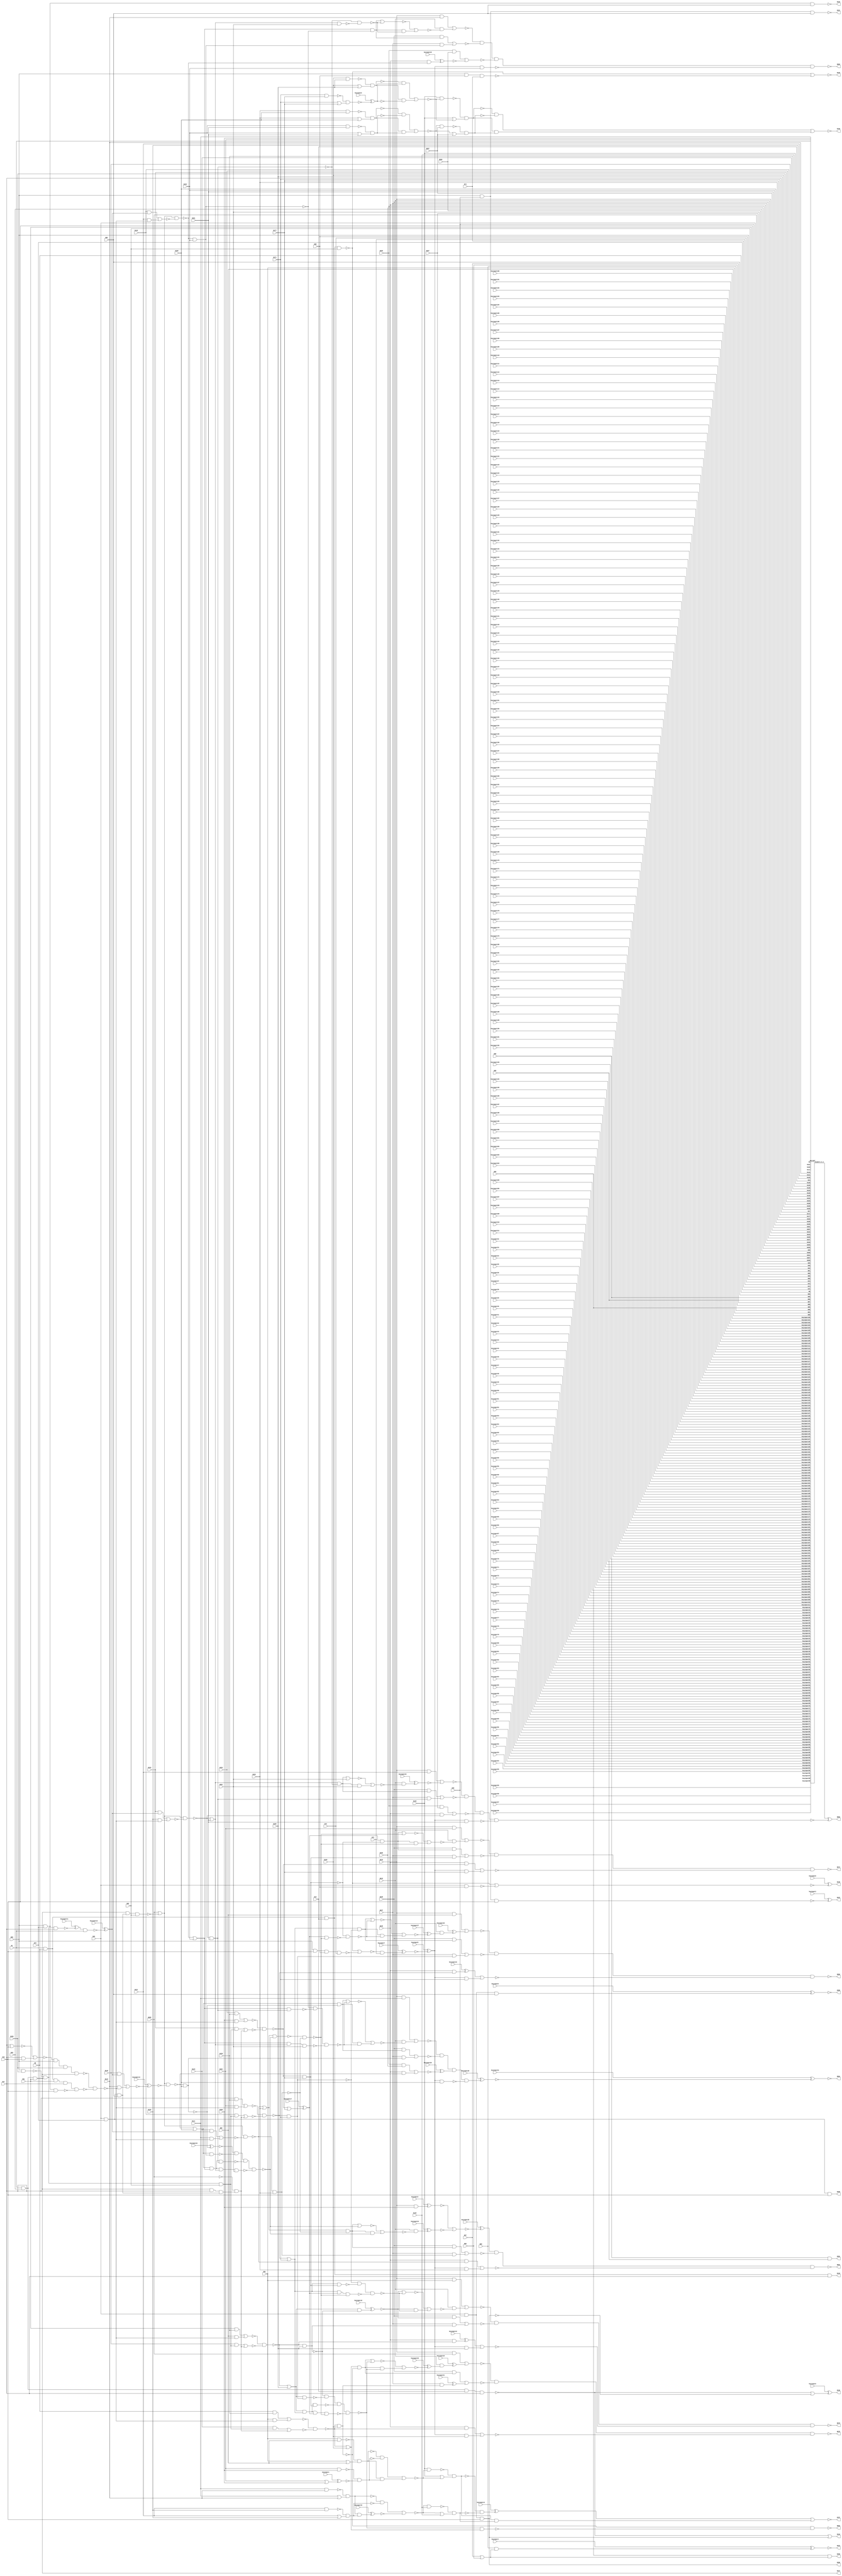
`timescale 1ns / 1ps
// Verilog
// c880
// Ninputs 60
// Noutputs 26
// NtotalGates 383
// NAND4 13
// AND3 12
// NAND2 60
// NAND3 14
// AND2 105
// OR2 29
// NOT1 63
// NOR2 61
// BUFF1 26

module top (N1,N8,N13,N17,N26,N29,N36,N42,N51,N55,
             N59,N68,N72,N73,N74,N75,N80,N85,N86,N87,
             N88,N89,N90,N91,N96,N101,N106,N111,N116,N121,
             N126,N130,N135,N138,N143,N146,N149,N152,N153,N156,
             N159,N165,N171,N177,N183,N189,N195,N201,N207,N210,
             N219,N228,N237,N246,N255,N259,N260,N261,N267,N268,
             N388,N389,N390,N391,N418,N419,N420,N421,N422,N423,
             N446,N447,N448,N449,N450,N767,N768,N850,N863,N864,
                  N865,N866,N874,N878,N879,N880,
        keyinput0, keyinput1, keyinput2, keyinput3, keyinput4,
        keyinput5, keyinput6, keyinput7, keyinput8, keyinput9,
        keyinput10, keyinput11, keyinput12, keyinput13, keyinput14,
        keyinput15, keyinput16, keyinput17, keyinput18, keyinput19,
        keyinput20, keyinput21, keyinput22, keyinput23, keyinput24,
        keyinput25, keyinput26, keyinput27, keyinput28, keyinput29,
                  keyinput30, keyinput31,
        keyinput32, keyinput33, keyinput34, keyinput35, keyinput36,
        keyinput37, keyinput38, keyinput39, keyinput40, keyinput41,
        keyinput42, keyinput43, keyinput44, keyinput45, keyinput46,
        keyinput47, keyinput48, keyinput49, keyinput50, keyinput51,
        keyinput52, keyinput53, keyinput54, keyinput55, keyinput56,
        keyinput57, keyinput58, keyinput59, keyinput60, keyinput61,
        keyinput62, keyinput63, keyinput64, keyinput65, keyinput66,
        keyinput67, keyinput68, keyinput69, keyinput70, keyinput71,
        keyinput72, keyinput73, keyinput74, keyinput75, keyinput76,
        keyinput77, keyinput78, keyinput79, keyinput80, keyinput81,
        keyinput82, keyinput83, keyinput84, keyinput85, keyinput86,
        keyinput87, keyinput88, keyinput89, keyinput90, keyinput91,
        keyinput92, keyinput93, keyinput94, keyinput95, keyinput96,
        keyinput97, keyinput98, keyinput99, keyinput100, keyinput101,
        keyinput102, keyinput103, keyinput104, keyinput105, keyinput106,
        keyinput107, keyinput108, keyinput109, keyinput110, keyinput111,
        keyinput112, keyinput113, keyinput114, keyinput115, keyinput116,
        keyinput117, keyinput118, keyinput119, keyinput120, keyinput121,
        keyinput122, keyinput123, keyinput124, keyinput125, keyinput126,
        keyinput127, keyinput128, keyinput129, keyinput130, keyinput131,
        keyinput132, keyinput133, keyinput134, keyinput135, keyinput136,
        keyinput137, keyinput138, keyinput139, keyinput140, keyinput141,
        keyinput142, keyinput143, keyinput144, keyinput145, keyinput146,
                  keyinput147, keyinput148, keyinput149, keyinput150, keyinput151,
        keyinput152, keyinput153, keyinput154, keyinput155, keyinput156,
        keyinput157, keyinput158, keyinput159, keyinput160, keyinput161,
        keyinput162, keyinput163, keyinput164, keyinput165, keyinput166,
        keyinput167, keyinput168, keyinput169, keyinput170, keyinput171,
        keyinput172, keyinput173, keyinput174, keyinput175, keyinput176,
        keyinput177, keyinput178, keyinput179, keyinput180, keyinput181,
        keyinput182, keyinput183, keyinput184, keyinput185, keyinput186,
        keyinput187, keyinput188, keyinput189, keyinput190, keyinput191,
        keyinput192, keyinput193, keyinput194, keyinput195, keyinput196,
        keyinput197, keyinput198, keyinput199, keyinput200, keyinput201,
        keyinput202, keyinput203, keyinput204, keyinput205, keyinput206,
        keyinput207, keyinput208, keyinput209, keyinput210, keyinput211);

  input keyinput152, keyinput153, keyinput154, keyinput155, keyinput156;
  input keyinput157, keyinput158, keyinput159, keyinput160, keyinput161;
  input keyinput162, keyinput163, keyinput164, keyinput165, keyinput166;
  input keyinput167, keyinput168, keyinput169, keyinput170, keyinput171;
  input keyinput172, keyinput173, keyinput174, keyinput175, keyinput176;
  input keyinput177, keyinput178, keyinput179, keyinput180, keyinput181;
  input keyinput182, keyinput183, keyinput184, keyinput185, keyinput186;
  input keyinput187, keyinput188, keyinput189, keyinput190, keyinput191;
  input keyinput192, keyinput193, keyinput194, keyinput195, keyinput196;
  input keyinput197, keyinput198, keyinput199, keyinput200, keyinput201;
  input keyinput202, keyinput203, keyinput204, keyinput205, keyinput206;
  input keyinput207, keyinput208, keyinput209, keyinput210, keyinput211;


  input keyinput32, keyinput33, keyinput34, keyinput35, keyinput36;
  input keyinput37, keyinput38, keyinput39, keyinput40, keyinput41;
  input keyinput42, keyinput43, keyinput44, keyinput45, keyinput46;
  input keyinput47, keyinput48, keyinput49, keyinput50, keyinput51;
  input keyinput52, keyinput53, keyinput54, keyinput55, keyinput56;
  input keyinput57, keyinput58, keyinput59, keyinput60, keyinput61;
  input keyinput62, keyinput63, keyinput64, keyinput65, keyinput66;
  input keyinput67, keyinput68, keyinput69, keyinput70, keyinput71;
  input keyinput72, keyinput73, keyinput74, keyinput75, keyinput76;
  input keyinput77, keyinput78, keyinput79, keyinput80, keyinput81;
  input keyinput82, keyinput83, keyinput84, keyinput85, keyinput86;
  input keyinput87, keyinput88, keyinput89, keyinput90, keyinput91;
  input keyinput92, keyinput93, keyinput94, keyinput95, keyinput96;
  input keyinput97, keyinput98, keyinput99, keyinput100, keyinput101;
  input keyinput102, keyinput103, keyinput104, keyinput105, keyinput106;
  input keyinput107, keyinput108, keyinput109, keyinput110, keyinput111;
  input keyinput112, keyinput113, keyinput114, keyinput115, keyinput116;
  input keyinput117, keyinput118, keyinput119, keyinput120, keyinput121;
  input keyinput122, keyinput123, keyinput124, keyinput125, keyinput126;
  input keyinput127, keyinput128, keyinput129, keyinput130, keyinput131;
  input keyinput132, keyinput133, keyinput134, keyinput135, keyinput136;
  input keyinput137, keyinput138, keyinput139, keyinput140, keyinput141;
  input keyinput142, keyinput143, keyinput144, keyinput145, keyinput146;
  input keyinput147, keyinput148, keyinput149, keyinput150, keyinput151;

  wire KeyWire_0_1 , KeyWire_0_2, keyinput_Wire_1;

  input keyinput0, keyinput1, keyinput2, keyinput3, keyinput4;
  input keyinput5, keyinput6, keyinput7, keyinput8, keyinput9;
  input keyinput10, keyinput11, keyinput12, keyinput13, keyinput14;
  input keyinput15, keyinput16, keyinput17, keyinput18, keyinput19;
  input keyinput20, keyinput21, keyinput22, keyinput23, keyinput24;
  input keyinput25, keyinput26, keyinput27, keyinput28, keyinput29;
  input keyinput30, keyinput31;

  wire [0:31] keyinput_Wire_0;
  wire [0:13] KeyNOTWire_0;

input N1,N8,N13,N17,N26,N29,N36,N42,N51,N55,
      N59,N68,N72,N73,N74,N75,N80,N85,N86,N87,
      N88,N89,N90,N91,N96,N101,N106,N111,N116,N121,
      N126,N130,N135,N138,N143,N146,N149,N152,N153,N156,
      N159,N165,N171,N177,N183,N189,N195,N201,N207,N210,
      N219,N228,N237,N246,N255,N259,N260,N261,N267,N268;

output N388,N389,N390,N391,N418,N419,N420,N421,N422,N423,
       N446,N447,N448,N449,N450,N767,N768,N850,N863,N864,
       N865,N866,N874,N878,N879,N880;

wire N269,N270,N273,N276,N279,N280,N284,N285,N286,N287,
     N290,N291,N292,N293,N294,N295,N296,N297,N298,N301,
     N302,N303,N304,N305,N306,N307,N308,N309,N310,N316,
     N317,N318,N319,N322,N323,N324,N325,N326,N327,N328,
     N329,N330,N331,N332,N333,N334,N335,N336,N337,N338,
     N339,N340,N341,N342,N343,N344,N345,N346,N347,N348,
     N349,N350,N351,N352,N353,N354,N355,N356,N357,N360,
     N363,N366,N369,N375,N376,N379,N382,N385,N392,N393,
     N399,N400,N401,N402,N403,N404,N405,N406,N407,N408,
     N409,N410,N411,N412,N413,N414,N415,N416,N417,N424,
     N425,N426,N427,N432,N437,N442,N443,N444,N445,N451,
     N460,N463,N466,N475,N476,N477,N478,N479,N480,N481,
     N482,N483,N488,N489,N490,N491,N492,N495,N498,N499,
     N500,N501,N502,N503,N504,N505,N506,N507,N508,N509,
     N510,N511,N512,N513,N514,N515,N516,N517,N518,N519,
     N520,N521,N522,N523,N524,N525,N526,N527,N528,N529,
     N530,N533,N536,N537,N538,N539,N540,N541,N542,N543,
     N544,N547,N550,N551,N552,N553,N557,N561,N565,N569,
     N573,N577,N581,N585,N586,N587,N588,N589,N590,N593,
     N596,N597,N600,N605,N606,N609,N615,N616,N619,N624,
     N625,N628,N631,N632,N635,N640,N641,N644,N650,N651,
     N654,N659,N660,N661,N662,N665,N669,N670,N673,N677,
     N678,N682,N686,N687,N692,N696,N697,N700,N704,N705,
     N708,N712,N713,N717,N721,N722,N727,N731,N732,N733,
     N734,N735,N736,N737,N738,N739,N740,N741,N742,N743,
     N744,N745,N746,N747,N748,N749,N750,N751,N752,N753,
     N754,N755,N756,N757,N758,N759,N760,N761,N762,N763,
     N764,N765,N766,N769,N770,N771,N772,N773,N777,N778,
     N781,N782,N785,N786,N787,N788,N789,N790,N791,N792,
     N793,N794,N795,N796,N802,N803,N804,N805,N806,N807,
     N808,N809,N810,N811,N812,N813,N814,N815,N819,N822,
     N825,N826,N827,N828,N829,N830,N831,N832,N833,N834,
     N835,N836,N837,N838,N839,N840,N841,N842,N843,N844,
     N845,N846,N847,N848,N849,N851,N852,N853,N854,N855,
     N856,N857,N858,N859,N860,N861,N862,N867,N868,N869,
     N870,N871,N872,N873,N875,N876,N877;

nand NAND4_1 (N269, N1, N8, N13, N17);
nand NAND4_2 (N270, N1, N26, N13, N17);
and AND3_3 (N273, N29, N36, N42);
and AND3_4 (N276, N1, N26, N51);
nand NAND4_5 (N279, N1, N8, N51, N17);
nand NAND4_6 (N280, N1, N8, N13, N55);
nand NAND4_7 (N284, N59, N42, N68, N72);
nand NAND2_8 (N285, N29, N68);
nand NAND3_9 (N286, N59, N68, N74);
and AND3_10 (N287, N29, N75, N80);
and AND3_11 (N290, N29, N75, N42);
  and AND3_12 (keyinput_Wire_0[0], N29, N36, N80);
  xor keyGate_0_0(KeyNOTWire_0[0], keyinput0, keyinput_Wire_0[0]);
  not KeyNOTGate_0_0(N291, KeyNOTWire_0[0]);
and AND3_13 (N292, N29, N36, N42);
and AND3_14 (N293, N59, N75, N80);
and AND3_15 (N294, N59, N75, N42);
and AND3_16 (N295, N59, N36, N80);
and AND3_17 (N296, N59, N36, N42);
and AND2_18 (N297, N85, N86);
or OR2_19 (N298, N87, N88);
nand NAND2_20 (N301, N91, N96);
or OR2_21 (N302, N91, N96);
nand NAND2_22 (N303, N101, N106);
  or OR2_23 (keyinput_Wire_0[1], N101, N106);
  xor keyGate_0_1(KeyNOTWire_0[1], keyinput1, keyinput_Wire_0[1]);
  not KeyNOTGate_0_1(N304, KeyNOTWire_0[1]);
nand NAND2_24 (N305, N111, N116);
or OR2_25 (N306, N111, N116);
nand NAND2_26 (N307, N121, N126);
or OR2_27 (N308, N121, N126);
and AND2_28 (N309, N8, N138);
not NOT1_29 (N310, N268);
and AND2_30 (N316, N51, N138);
and AND2_31 (N317, N17, N138);
and AND2_32 (N318, N152, N138);
nand NAND2_33 (N319, N59, N156);
nor NOR2_34 (N322, N17, N42);
and AND2_35 (N323, N17, N42);
nand NAND2_36 (N324, N159, N165);
or OR2_37 (N325, N159, N165);
nand NAND2_38 (N326, N171, N177);
or OR2_39 (N327, N171, N177);
nand NAND2_40 (N328, N183, N189);
or OR2_41 (N329, N183, N189);
nand NAND2_42 (N330, N195, N201);
or OR2_43 (N331, N195, N201);
and AND2_44 (N332, N210, N91);
and AND2_45 (N333, N210, N96);
and AND2_46 (N334, N210, N101);
  and AND2_47 (keyinput_Wire_0[2], N210, N106);
  xnor keyGate_0_2(N335, keyinput2, keyinput_Wire_0[2]);
and AND2_48 (N336, N210, N111);
and AND2_49 (N337, N255, N259);
and AND2_50 (N338, N210, N116);
and AND2_51 (N339, N255, N260);
and AND2_52 (N340, N210, N121);
and AND2_53 (N341, N255, N267);
not NOT1_54 (N342, N269);
not NOT1_55 (N343, N273);
or OR2_56 (N344, N270, N273);
not NOT1_57 (N345, N276);
not NOT1_58 (N346, N276);
not NOT1_59 (N347, N279);
nor NOR2_60 (N348, N280, N284);
or OR2_61 (N349, N280, N285);
or OR2_62 (N350, N280, N286);
not NOT1_63 (N351, N293);
not NOT1_64 (N352, N294);
not NOT1_65 (N353, N295);
  not NOT1_66 (keyinput_Wire_0[3], N296);
  xor keyGate_0_3(N354, keyinput3, keyinput_Wire_0[3]);
nand NAND2_67 (N355, N89, N298);
  and AND2_68 (keyinput_Wire_0[4], N90, N298);
  xor keyGate_0_4(KeyNOTWire_0[2], keyinput4, keyinput_Wire_0[4]);
  not KeyNOTGate_0_2(N356, KeyNOTWire_0[2]);
nand NAND2_69 (N357, N301, N302);
nand NAND2_70 (N360, N303, N304);
nand NAND2_71 (N363, N305, N306);
nand NAND2_72 (N366, N307, N308);
not NOT1_73 (N369, N310);
nor NOR2_74 (N375, N322, N323);
nand NAND2_75 (N376, N324, N325);
  nand NAND2_76 (keyinput_Wire_0[5], N326, N327);
  xnor keyGate_0_5(KeyNOTWire_0[3], keyinput5, keyinput_Wire_0[5]);
  not KeyNOTGate_0_3(N379, KeyNOTWire_0[3]);
nand NAND2_77 (N382, N328, N329);
nand NAND2_78 (N385, N330, N331);
buf BUFF1_79 (N388, N290);
buf BUFF1_80 (N389, N291);
buf BUFF1_81 (N390, N292);
buf BUFF1_82 (N391, N297);
  or OR2_83 (keyinput_Wire_0[6], N270, N343);
  xor keyGate_0_6(N392, keyinput6, keyinput_Wire_0[6]);
not NOT1_84 (N393, N345);
not NOT1_85 (N399, N346);
  and AND2_86 (keyinput_Wire_0[7], N348, N73);
  xnor keyGate_0_7(KeyNOTWire_0[4], keyinput7, keyinput_Wire_0[7]);
  not KeyNOTGate_0_4(N400, KeyNOTWire_0[4]);
  not NOT1_87 (keyinput_Wire_0[8], N349);
  xor keyGate_0_8(N401, keyinput8, keyinput_Wire_0[8]);
not NOT1_88 (N402, N350);
not NOT1_89 (N403, N355);
not NOT1_90 (N404, N357);
not NOT1_91 (N405, N360);
and AND2_92 (N406, N357, N360);
not NOT1_93 (N407, N363);
not NOT1_94 (N408, N366);
and AND2_95 (N409, N363, N366);
nand NAND2_96 (N410, N347, N352);
not NOT1_97 (N411, N376);
not NOT1_98 (N412, N379);
and AND2_99 (N413, N376, N379);
not NOT1_100 (N414, N382);
not NOT1_101 (N415, N385);
and AND2_102 (N416, N382, N385);
and AND2_103 (N417, N210, N369);
buf BUFF1_104 (N418, N342);
buf BUFF1_105 (N419, N344);
buf BUFF1_106 (N420, N351);
buf BUFF1_107 (N421, N353);
buf BUFF1_108 (N422, N354);
buf BUFF1_109 (N423, N356);
  not NOT1_110 (keyinput_Wire_0[9], N400);
  xor keyGate_0_9(KeyNOTWire_0[5], keyinput9, keyinput_Wire_0[9]);
  not KeyNOTGate_0_5(N424, KeyNOTWire_0[5]);
and AND2_111 (N425, N404, N405);
  and AND2_112 (keyinput_Wire_0[10], N407, N408);
  xnor keyGate_0_10(N426, keyinput10, keyinput_Wire_0[10]);
and AND3_113 (N427, N319, N393, N55);
and AND3_114 (N432, N393, N17, N287);
nand NAND3_115 (N437, N393, N287, N55);
nand NAND4_116 (N442, N375, N59, N156, N393);
  nand NAND3_117 (keyinput_Wire_0[11], N393, N319, N17);
  xor keyGate_0_11(N443, keyinput11, keyinput_Wire_0[11]);
and AND2_118 (N444, N411, N412);
and AND2_119 (N445, N414, N415);
buf BUFF1_120 (N446, N392);
buf BUFF1_121 (N447, N399);
buf BUFF1_122 (N448, N401);
buf BUFF1_123 (N449, N402);
buf BUFF1_124 (N450, N403);
not NOT1_125 (N451, N424);
nor NOR2_126 (N460, N406, N425);
nor NOR2_127 (N463, N409, N426);
nand NAND2_128 (N466, N442, N410);
and AND2_129 (N475, N143, N427);
and AND2_130 (N476, N310, N432);
and AND2_131 (N477, N146, N427);
and AND2_132 (N478, N310, N432);
and AND2_133 (N479, N149, N427);
and AND2_134 (N480, N310, N432);
and AND2_135 (N481, N153, N427);
and AND2_136 (N482, N310, N432);
  nand NAND2_137 (keyinput_Wire_0[12], N443, N1);
  xor keyGate_0_12(N483, keyinput12, keyinput_Wire_0[12]);
or OR2_138 (N488, N369, N437);
or OR2_139 (N489, N369, N437);
or OR2_140 (N490, N369, N437);
or OR2_141 (N491, N369, N437);
nor NOR2_142 (N492, N413, N444);
nor NOR2_143 (N495, N416, N445);
nand NAND2_144 (N498, N130, N460);
or OR2_145 (N499, N130, N460);
nand NAND2_146 (N500, N463, N135);
or OR2_147 (N501, N463, N135);
and AND2_148 (N502, N91, N466);
nor NOR2_149 (N503, N475, N476);
and AND2_150 (N504, N96, N466);
nor NOR2_151 (N505, N477, N478);
and AND2_152 (N506, N101, N466);
nor NOR2_153 (N507, N479, N480);
and AND2_154 (N508, N106, N466);
nor NOR2_155 (N509, N481, N482);
and AND2_156 (N510, N143, N483);
and AND2_157 (N511, N111, N466);
and AND2_158 (N512, N146, N483);
and AND2_159 (N513, N116, N466);
and AND2_160 (N514, N149, N483);
and AND2_161 (N515, N121, N466);
and AND2_162 (N516, N153, N483);
and AND2_163 (N517, N126, N466);
nand NAND2_164 (N518, N130, N492);
or OR2_165 (N519, N130, N492);
nand NAND2_166 (N520, N495, N207);
or OR2_167 (N521, N495, N207);
and AND2_168 (N522, N451, N159);
and AND2_169 (N523, N451, N165);
and AND2_170 (N524, N451, N171);
and AND2_171 (N525, N451, N177);
and AND2_172 (N526, N451, N183);
nand NAND2_173 (N527, N451, N189);
nand NAND2_174 (N528, N451, N195);
nand NAND2_175 (N529, N451, N201);
nand NAND2_176 (N530, N498, N499);
nand NAND2_177 (N533, N500, N501);
nor NOR2_178 (N536, N309, N502);
nor NOR2_179 (N537, N316, N504);
nor NOR2_180 (N538, N317, N506);
nor NOR2_181 (N539, N318, N508);
nor NOR2_182 (N540, N510, N511);
  nor NOR2_183 (keyinput_Wire_0[13], N512, N513);
  xnor keyGate_0_13(N541, keyinput13, keyinput_Wire_0[13]);
nor NOR2_184 (N542, N514, N515);
nor NOR2_185 (N543, N516, N517);
nand NAND2_186 (N544, N518, N519);
nand NAND2_187 (N547, N520, N521);
not NOT1_188 (N550, N530);
not NOT1_189 (N551, N533);
  and AND2_190 (keyinput_Wire_0[14], N530, N533);
  xnor keyGate_0_14(KeyNOTWire_0[6], keyinput14, keyinput_Wire_0[14]);
  not KeyNOTGate_0_6(N552, KeyNOTWire_0[6]);
nand NAND2_191 (N553, N536, N503);
nand NAND2_192 (N557, N537, N505);
nand NAND2_193 (N561, N538, N507);
nand NAND2_194 (N565, N539, N509);
nand NAND2_195 (N569, N488, N540);
nand NAND2_196 (N573, N489, N541);
nand NAND2_197 (N577, N490, N542);
nand NAND2_198 (N581, N491, N543);
not NOT1_199 (N585, N544);
not NOT1_200 (N586, N547);
and AND2_201 (N587, N544, N547);
and AND2_202 (N588, N550, N551);
and AND2_203 (N589, N585, N586);
nand NAND2_204 (N590, N553, N159);
or OR2_205 (N593, N553, N159);
and AND2_206 (N596, N246, N553);
nand NAND2_207 (N597, N557, N165);
or OR2_208 (N600, N557, N165);
  and AND2_209 (keyinput_Wire_0[15], N246, N557);
  xnor keyGate_0_15(KeyNOTWire_0[7], keyinput15, keyinput_Wire_0[15]);
  not KeyNOTGate_0_7(N605, KeyNOTWire_0[7]);
nand NAND2_210 (N606, N561, N171);
or OR2_211 (N609, N561, N171);
  and AND2_212 (keyinput_Wire_0[16], N246, N561);
  xnor keyGate_0_16(KeyNOTWire_0[8], keyinput16, keyinput_Wire_0[16]);
  not KeyNOTGate_0_8(N615, KeyNOTWire_0[8]);
nand NAND2_213 (N616, N565, N177);
  or OR2_214 (keyinput_Wire_0[17], N565, N177);
  xor keyGate_0_17(N619, keyinput17, keyinput_Wire_0[17]);
and AND2_215 (N624, N246, N565);
nand NAND2_216 (N625, N569, N183);
or OR2_217 (N628, N569, N183);
and AND2_218 (N631, N246, N569);
nand NAND2_219 (N632, N573, N189);
or OR2_220 (N635, N573, N189);
and AND2_221 (N640, N246, N573);
nand NAND2_222 (N641, N577, N195);
or OR2_223 (N644, N577, N195);
  and AND2_224 (keyinput_Wire_0[18], N246, N577);
  xor keyGate_0_18(KeyNOTWire_0[9], keyinput18, keyinput_Wire_0[18]);
  not KeyNOTGate_0_9(N650, KeyNOTWire_0[9]);
nand NAND2_225 (N651, N581, N201);
or OR2_226 (N654, N581, N201);
and AND2_227 (N659, N246, N581);
nor NOR2_228 (N660, N552, N588);
nor NOR2_229 (N661, N587, N589);
not NOT1_230 (N662, N590);
and AND2_231 (N665, N593, N590);
nor NOR2_232 (N669, N596, N522);
not NOT1_233 (N670, N597);
  and AND2_234 (keyinput_Wire_0[19], N600, N597);
  xor keyGate_0_19(KeyNOTWire_0[10], keyinput19, keyinput_Wire_0[19]);
  not KeyNOTGate_0_10(N673, KeyNOTWire_0[10]);
nor NOR2_235 (N677, N605, N523);
not NOT1_236 (N678, N606);
and AND2_237 (N682, N609, N606);
nor NOR2_238 (N686, N615, N524);
not NOT1_239 (N687, N616);
and AND2_240 (N692, N619, N616);
nor NOR2_241 (N696, N624, N525);
not NOT1_242 (N697, N625);
and AND2_243 (N700, N628, N625);
nor NOR2_244 (N704, N631, N526);
not NOT1_245 (N705, N632);
and AND2_246 (N708, N635, N632);
  nor NOR2_247 (keyinput_Wire_0[20], N337, N640);
  xor keyGate_0_20(N712, keyinput20, keyinput_Wire_0[20]);
not NOT1_248 (N713, N641);
and AND2_249 (N717, N644, N641);
nor NOR2_250 (N721, N339, N650);
not NOT1_251 (N722, N651);
and AND2_252 (N727, N654, N651);
nor NOR2_253 (N731, N341, N659);
nand NAND2_254 (N732, N654, N261);
nand NAND3_255 (N733, N644, N654, N261);
nand NAND4_256 (N734, N635, N644, N654, N261);
not NOT1_257 (N735, N662);
and AND2_258 (N736, N228, N665);
  and AND2_259 (keyinput_Wire_0[21], N237, N662);
  xor keyGate_0_21(N737, keyinput21, keyinput_Wire_0[21]);
not NOT1_260 (N738, N670);
and AND2_261 (N739, N228, N673);
and AND2_262 (N740, N237, N670);
not NOT1_263 (N741, N678);
and AND2_264 (N742, N228, N682);
and AND2_265 (N743, N237, N678);
not NOT1_266 (N744, N687);
and AND2_267 (N745, N228, N692);
and AND2_268 (N746, N237, N687);
not NOT1_269 (N747, N697);
and AND2_270 (N748, N228, N700);
and AND2_271 (N749, N237, N697);
  not NOT1_272 (keyinput_Wire_0[22], N705);
  xnor keyGate_0_22(N750, keyinput22, keyinput_Wire_0[22]);
and AND2_273 (N751, N228, N708);
and AND2_274 (N752, N237, N705);
not NOT1_275 (N753, N713);
and AND2_276 (N754, N228, N717);
and AND2_277 (N755, N237, N713);
not NOT1_278 (N756, N722);
nor NOR2_279 (N757, N727, N261);
and AND2_280 (N758, N727, N261);
and AND2_281 (N759, N228, N727);
and AND2_282 (N760, N237, N722);
nand NAND2_283 (N761, N644, N722);
nand NAND2_284 (N762, N635, N713);
nand NAND3_285 (N763, N635, N644, N722);
nand NAND2_286 (N764, N609, N687);
nand NAND2_287 (N765, N600, N678);
nand NAND3_288 (N766, N600, N609, N687);
buf BUFF1_289 (N767, N660);
buf BUFF1_290 (N768, N661);
nor NOR2_291 (N769, N736, N737);
nor NOR2_292 (N770, N739, N740);
nor NOR2_293 (N771, N742, N743);
nor NOR2_294 (N772, N745, N746);
nand NAND4_295 (N773, N750, N762, N763, N734);
nor NOR2_296 (N777, N748, N749);
nand NAND3_297 (N778, N753, N761, N733);
nor NOR2_298 (N781, N751, N752);
nand NAND2_299 (N782, N756, N732);
nor NOR2_300 (N785, N754, N755);
nor NOR2_301 (N786, N757, N758);
nor NOR2_302 (N787, N759, N760);
nor NOR2_303 (N788, N700, N773);
and AND2_304 (N789, N700, N773);
nor NOR2_305 (N790, N708, N778);
and AND2_306 (N791, N708, N778);
nor NOR2_307 (N792, N717, N782);
and AND2_308 (N793, N717, N782);
  and AND2_309 (keyinput_Wire_0[23], N219, N786);
  xnor keyGate_0_23(N794, keyinput23, keyinput_Wire_0[23]);
nand NAND2_310 (N795, N628, N773);
nand NAND2_311 (N796, N795, N747);
nor NOR2_312 (N802, N788, N789);
nor NOR2_313 (N803, N790, N791);
nor NOR2_314 (N804, N792, N793);
nor NOR2_315 (N805, N340, N794);
nor NOR2_316 (N806, N692, N796);
and AND2_317 (N807, N692, N796);
  and AND2_318 (keyinput_Wire_0[24], N219, N802);
  xnor keyGate_0_24(N808, keyinput24, keyinput_Wire_0[24]);
and AND2_319 (N809, N219, N803);
and AND2_320 (N810, N219, N804);
nand NAND4_321 (N811, N805, N787, N731, N529);
nand NAND2_322 (N812, N619, N796);
nand NAND3_323 (N813, N609, N619, N796);
nand NAND4_324 (N814, N600, N609, N619, N796);
nand NAND4_325 (N815, N738, N765, N766, N814);
nand NAND3_326 (N819, N741, N764, N813);
nand NAND2_327 (N822, N744, N812);
nor NOR2_328 (N825, N806, N807);
  nor NOR2_329 (keyinput_Wire_0[25], N335, N808);
  xnor keyGate_0_25(KeyNOTWire_0[11], keyinput25, keyinput_Wire_0[25]);
  not KeyNOTGate_0_11(N826, KeyNOTWire_0[11]);
nor NOR2_330 (N827, N336, N809);
nor NOR2_331 (N828, N338, N810);
not NOT1_332 (N829, N811);
nor NOR2_333 (N830, N665, N815);
and AND2_334 (N831, N665, N815);
nor NOR2_335 (N832, N673, N819);
and AND2_336 (N833, N673, N819);
nor NOR2_337 (N834, N682, N822);
and AND2_338 (N835, N682, N822);
and AND2_339 (N836, N219, N825);
nand NAND3_340 (N837, N826, N777, N704);
nand NAND4_341 (N838, N827, N781, N712, N527);
nand NAND4_342 (N839, N828, N785, N721, N528);
not NOT1_343 (N840, N829);
nand NAND2_344 (N841, N815, N593);
  nor NOR2_345 (keyinput_Wire_0[26], N830, N831);
  xor keyGate_0_26(N842, keyinput26, keyinput_Wire_0[26]);
nor NOR2_346 (N843, N832, N833);
  nor NOR2_347 (keyinput_Wire_0[27], N834, N835);
  xnor keyGate_0_27(KeyNOTWire_0[12], keyinput27, keyinput_Wire_0[27]);
  not KeyNOTGate_0_12(N844, KeyNOTWire_0[12]);
nor NOR2_348 (N845, N334, N836);
not NOT1_349 (N846, N837);
  not NOT1_350 (keyinput_Wire_0[28], N838);
  xnor keyGate_0_28(KeyNOTWire_0[13], keyinput28, keyinput_Wire_0[28]);
  not KeyNOTGate_0_13(N847, KeyNOTWire_0[13]);
not NOT1_351 (N848, N839);
and AND2_352 (N849, N735, N841);
  buf BUFF1_353 (keyinput_Wire_1, N840);
  xor keyGate_1_6(N850, KeyWire_0_2, keyinput_Wire_1);
  and AND2_354 (keyinput_Wire_0[29], N219, N842);
  xor keyGate_0_29(N851, keyinput29, keyinput_Wire_0[29]);
and AND2_355 (N852, N219, N843);
  and AND2_356 (keyinput_Wire_0[30], N219, N844);
  xor keyGate_0_30(N853, keyinput30, keyinput_Wire_0[30]);
nand NAND3_357 (N854, N845, N772, N696);
not NOT1_358 (N855, N846);
  not NOT1_359 (keyinput_Wire_0[31], N847);
  xnor keyGate_0_31(N856, keyinput31, keyinput_Wire_0[31]);
not NOT1_360 (N857, N848);
not NOT1_361 (N858, N849);
nor NOR2_362 (N859, N417, N851);
nor NOR2_363 (N860, N332, N852);
nor NOR2_364 (N861, N333, N853);
not NOT1_365 (N862, N854);
buf BUFF1_366 (N863, N855);
buf BUFF1_367 (N864, N856);
buf BUFF1_368 (N865, N857);
buf BUFF1_369 (N866, N858);
nand NAND3_370 (N867, N859, N769, N669);
nand NAND3_371 (N868, N860, N770, N677);
nand NAND3_372 (N869, N861, N771, N686);
not NOT1_373 (N870, N862);
not NOT1_374 (N871, N867);
not NOT1_375 (N872, N868);
not NOT1_376 (N873, N869);
buf BUFF1_377 (N874, N870);
not NOT1_378 (N875, N871);
not NOT1_379 (N876, N872);
not NOT1_380 (N877, N873);
buf BUFF1_381 (N878, N875);
buf BUFF1_382 (N879, N876);
buf BUFF1_383 (N880, N877);

AntiSAT some_name( KeyWire_0_2, N171, N138, N177, N219, N59, N80, N73, N88, N146, N210, N116, N246, N29, N156, N165, N255, N259, N1, N86, N268, N152, N126, N267, N207, N42, N260, N130, N228, N17, N87, N75, N8, N74, N96, N36, N195, N55, N85, N106, N51, N143, N183, N159, N26, N90, N13, N91, N237, N68, N89, N189, N72, N111, N101, N201, N135, N153, N121, N261, N149, keyinput32, keyinput33, keyinput34, keyinput35, keyinput36, keyinput37, keyinput38, keyinput39, keyinput40, keyinput41, keyinput42, keyinput43, keyinput44, keyinput45, keyinput46, keyinput47, keyinput48, keyinput49, keyinput50, keyinput51, keyinput52, keyinput53, keyinput54, keyinput55, keyinput56, keyinput57, keyinput58, keyinput59, keyinput60, keyinput61, keyinput62, keyinput63, keyinput64, keyinput65, keyinput66, keyinput67, keyinput68, keyinput69, keyinput70, keyinput71, keyinput72, keyinput73, keyinput74, keyinput75, keyinput76, keyinput77, keyinput78, keyinput79, keyinput80, keyinput81, keyinput82, keyinput83, keyinput84, keyinput85, keyinput86, keyinput87, keyinput88, keyinput89, keyinput90, keyinput91, keyinput92, keyinput93, keyinput94, keyinput95, keyinput96, keyinput97, keyinput98, keyinput99, keyinput100, keyinput101, keyinput102, keyinput103, keyinput104, keyinput105, keyinput106, keyinput107, keyinput108, keyinput109, keyinput110, keyinput111, keyinput112, keyinput113, keyinput114, keyinput115, keyinput116, keyinput117, keyinput118, keyinput119, keyinput120, keyinput121, keyinput122, keyinput123, keyinput124, keyinput125, keyinput126, keyinput127, keyinput128, keyinput129, keyinput130, keyinput131, keyinput132, keyinput133, keyinput134, keyinput135, keyinput136, keyinput137, keyinput138, keyinput139, keyinput140, keyinput141, keyinput142, keyinput143, keyinput144, keyinput145, keyinput146, keyinput147, keyinput148, keyinput149, keyinput150, keyinput151,
       keyinput152, keyinput153, keyinput154, keyinput155, keyinput156,
       keyinput157, keyinput158, keyinput159, keyinput160, keyinput161,
       keyinput162, keyinput163, keyinput164, keyinput165, keyinput166,
       keyinput167, keyinput168, keyinput169, keyinput170, keyinput171,
       keyinput172, keyinput173, keyinput174, keyinput175, keyinput176,
       keyinput177, keyinput178, keyinput179, keyinput180, keyinput181,
       keyinput182, keyinput183, keyinput184, keyinput185, keyinput186,
       keyinput187, keyinput188, keyinput189, keyinput190, keyinput191,
       keyinput192, keyinput193, keyinput194, keyinput195, keyinput196,
       keyinput197, keyinput198, keyinput199, keyinput200, keyinput201,
       keyinput202, keyinput203, keyinput204, keyinput205, keyinput206,
       keyinput207, keyinput208, keyinput209, keyinput210, keyinput211);

endmodule

/*************************************************************************/

module AntiSAT (KeyWire_0_2, N171, N138, N177, N219, N59, N80, N73, N88, N146, N210, N116, N246, N29, N156, N165, N255, N259, N1, N86, N268, N152, N126, N267, N207, N42, N260, N130, N228, N17, N87, N75, N8, N74, N96, N36, N195, N55, N85, N106, N51, N143, N183, N159, N26, N90, N13, N91, N237, N68, N89, N189, N72, N111, N101, N201, N135, N153, N121, N261, N149, keyinput32, keyinput33, keyinput34, keyinput35, keyinput36, keyinput37, keyinput38, keyinput39, keyinput40, keyinput41, keyinput42, keyinput43, keyinput44, keyinput45, keyinput46, keyinput47, keyinput48, keyinput49, keyinput50, keyinput51, keyinput52, keyinput53, keyinput54, keyinput55, keyinput56, keyinput57, keyinput58, keyinput59, keyinput60, keyinput61, keyinput62, keyinput63, keyinput64, keyinput65, keyinput66, keyinput67, keyinput68, keyinput69, keyinput70, keyinput71, keyinput72, keyinput73, keyinput74, keyinput75, keyinput76, keyinput77, keyinput78, keyinput79, keyinput80, keyinput81, keyinput82, keyinput83, keyinput84, keyinput85, keyinput86, keyinput87, keyinput88, keyinput89, keyinput90, keyinput91, keyinput92, keyinput93, keyinput94, keyinput95, keyinput96, keyinput97, keyinput98, keyinput99, keyinput100, keyinput101, keyinput102, keyinput103, keyinput104, keyinput105, keyinput106, keyinput107, keyinput108, keyinput109, keyinput110, keyinput111, keyinput112, keyinput113, keyinput114, keyinput115, keyinput116, keyinput117, keyinput118, keyinput119, keyinput120, keyinput121, keyinput122, keyinput123, keyinput124, keyinput125, keyinput126, keyinput127, keyinput128, keyinput129, keyinput130, keyinput131, keyinput132, keyinput133, keyinput134, keyinput135, keyinput136, keyinput137, keyinput138, keyinput139, keyinput140, keyinput141, keyinput142, keyinput143, keyinput144, keyinput145, keyinput146, keyinput147, keyinput148, keyinput149, keyinput150, keyinput151 ,
        keyinput152, keyinput153, keyinput154, keyinput155, keyinput156,
        keyinput157, keyinput158, keyinput159, keyinput160, keyinput161,
        keyinput162, keyinput163, keyinput164, keyinput165, keyinput166,
        keyinput167, keyinput168, keyinput169, keyinput170, keyinput171,
        keyinput172, keyinput173, keyinput174, keyinput175, keyinput176,
        keyinput177, keyinput178, keyinput179, keyinput180, keyinput181,
        keyinput182, keyinput183, keyinput184, keyinput185, keyinput186,
        keyinput187, keyinput188, keyinput189, keyinput190, keyinput191,
        keyinput192, keyinput193, keyinput194, keyinput195, keyinput196,
        keyinput197, keyinput198, keyinput199, keyinput200, keyinput201,
        keyinput202, keyinput203, keyinput204, keyinput205, keyinput206,
        keyinput207, keyinput208, keyinput209, keyinput210, keyinput211);

  input keyinput152, keyinput153, keyinput154, keyinput155, keyinput156;
  input keyinput157, keyinput158, keyinput159, keyinput160, keyinput161;
  input keyinput162, keyinput163, keyinput164, keyinput165, keyinput166;
  input keyinput167, keyinput168, keyinput169, keyinput170, keyinput171;
  input keyinput172, keyinput173, keyinput174, keyinput175, keyinput176;
  input keyinput177, keyinput178, keyinput179, keyinput180, keyinput181;
  input keyinput182, keyinput183, keyinput184, keyinput185, keyinput186;
  input keyinput187, keyinput188, keyinput189, keyinput190, keyinput191;
  input keyinput192, keyinput193, keyinput194, keyinput195, keyinput196;
  input keyinput197, keyinput198, keyinput199, keyinput200, keyinput201;
  input keyinput202, keyinput203, keyinput204, keyinput205, keyinput206;
  input keyinput207, keyinput208, keyinput209, keyinput210, keyinput211;

  wire [0:59] keyNTin_Wire_1;
  wire [0:32] KeyNOTWire_1;

  input N171, N138, N177, N219, N59, N80, N73, N88, N146, N210, N116, N246, N29, N156, N165, N255, N259, N1, N86, N268, N152, N126, N267, N207, N42, N260, N130, N228, N17, N87, N75, N8, N74, N96, N36, N195, N55, N85, N106, N51, N143, N183, N159, N26, N90, N13, N91, N237, N68, N89, N189, N72, N111, N101, N201, N135, N153, N121, N261, N149;
  input keyinput32, keyinput33, keyinput34, keyinput35, keyinput36, keyinput37, keyinput38, keyinput39, keyinput40, keyinput41, keyinput42, keyinput43, keyinput44, keyinput45, keyinput46, keyinput47, keyinput48, keyinput49, keyinput50, keyinput51, keyinput52, keyinput53, keyinput54, keyinput55, keyinput56, keyinput57, keyinput58, keyinput59, keyinput60, keyinput61, keyinput62, keyinput63, keyinput64, keyinput65, keyinput66, keyinput67, keyinput68, keyinput69, keyinput70, keyinput71, keyinput72, keyinput73, keyinput74, keyinput75, keyinput76, keyinput77, keyinput78, keyinput79, keyinput80, keyinput81, keyinput82, keyinput83, keyinput84, keyinput85, keyinput86, keyinput87, keyinput88, keyinput89, keyinput90, keyinput91, keyinput92, keyinput93, keyinput94, keyinput95, keyinput96, keyinput97, keyinput98, keyinput99, keyinput100, keyinput101, keyinput102, keyinput103, keyinput104, keyinput105, keyinput106, keyinput107, keyinput108, keyinput109, keyinput110, keyinput111, keyinput112, keyinput113, keyinput114, keyinput115, keyinput116, keyinput117, keyinput118, keyinput119, keyinput120, keyinput121, keyinput122, keyinput123, keyinput124, keyinput125, keyinput126, keyinput127, keyinput128, keyinput129, keyinput130, keyinput131, keyinput132, keyinput133, keyinput134, keyinput135, keyinput136, keyinput137, keyinput138, keyinput139, keyinput140, keyinput141, keyinput142, keyinput143, keyinput144, keyinput145, keyinput146, keyinput147, keyinput148, keyinput149, keyinput150, keyinput151;
  output KeyWire_0_2;
  wire newWire_0, newWire_1, newWire_2, newWire_3, newWire_4, newWire_5, newWire_6, newWire_7, newWire_8, newWire_9, newWire_10, newWire_11, newWire_12, newWire_13, newWire_14, newWire_15, newWire_16, newWire_17, newWire_18, newWire_19, newWire_20, newWire_21, newWire_22, newWire_23, newWire_24, newWire_25, newWire_26, newWire_27, newWire_28, newWire_29, newWire_30, newWire_31, newWire_32, newWire_33, newWire_34, newWire_35, newWire_36, newWire_37, newWire_38, newWire_39, newWire_40, newWire_41, newWire_42, newWire_43, newWire_44, newWire_45, newWire_46, newWire_47, newWire_48, newWire_49, newWire_50, newWire_51, newWire_52, newWire_53, newWire_54, newWire_55, newWire_56, newWire_57, newWire_58, newWire_59, newWire_60, newWire_61, newWire_62, newWire_63, newWire_64, newWire_65, newWire_66, newWire_67, newWire_68, newWire_69, newWire_70, newWire_71, newWire_72, newWire_73, newWire_74, newWire_75, newWire_76, newWire_77, newWire_78, newWire_79, newWire_80, newWire_81, newWire_82, newWire_83, newWire_84, newWire_85, newWire_86, newWire_87, newWire_88, newWire_89, newWire_90, newWire_91, newWire_92, newWire_93, newWire_94, newWire_95, newWire_96, newWire_97, newWire_98, newWire_99, newWire_100, newWire_101, newWire_102, newWire_103, newWire_104, newWire_105, newWire_106, newWire_107, newWire_108, newWire_109, newWire_110, newWire_111, newWire_112, newWire_113, newWire_114, newWire_115, newWire_116, newWire_117, newWire_118, newWire_119, newWire_120, newWire_121 ;

  xor  KeyGate0 (keyNTin_Wire_1[0], N171, keyinput32);
  xor keyNTinGate_1_0(KeyNOTWire_1[0], keyinput152, keyNTin_Wire_1[0]);
  not KeyNOTGate_1_0(newWire_0, KeyNOTWire_1[0]);
  xor  KeyGate1 (newWire_1, N138, keyinput33);
  xnor KeyGate2 (keyNTin_Wire_1[1], N177, keyinput34);
  xor keyNTinGate_1_1(KeyNOTWire_1[1], keyinput153, keyNTin_Wire_1[1]);
  not KeyNOTGate_1_1(newWire_2, KeyNOTWire_1[1]);
  xor  KeyGate3 (newWire_3, N219, keyinput35);
  xnor KeyGate4 (keyNTin_Wire_1[2], N59, keyinput36);
  xor keyNTinGate_1_2(KeyNOTWire_1[2], keyinput154, keyNTin_Wire_1[2]);
  not KeyNOTGate_1_2(newWire_4, KeyNOTWire_1[2]);
  xor  KeyGate5 (newWire_5, N80, keyinput37);
  xor  KeyGate6 (newWire_6, N73, keyinput38);
  xnor KeyGate7 (newWire_7, N88, keyinput39);
  xnor KeyGate8 (keyNTin_Wire_1[3], N146, keyinput40);
  xnor keyNTinGate_1_3(KeyNOTWire_1[3], keyinput155, keyNTin_Wire_1[3]);
  not KeyNOTGate_1_3(newWire_8, KeyNOTWire_1[3]);
  xnor KeyGate9 (keyNTin_Wire_1[4], N210, keyinput41);
  xnor keyNTinGate_1_4(newWire_9, keyinput156, keyNTin_Wire_1[4]);
  xnor KeyGate10 (keyNTin_Wire_1[5], N116, keyinput42);
  xor keyNTinGate_1_5(KeyNOTWire_1[4], keyinput157, keyNTin_Wire_1[5]);
  not KeyNOTGate_1_4(newWire_10, KeyNOTWire_1[4]);
  xor  KeyGate11 (keyNTin_Wire_1[6], N246, keyinput43);
  xor keyNTinGate_1_6(KeyNOTWire_1[5], keyinput158, keyNTin_Wire_1[6]);
  not KeyNOTGate_1_5(newWire_11, KeyNOTWire_1[5]);
  xor  KeyGate12 (keyNTin_Wire_1[7], N29, keyinput44);
  xor keyNTinGate_1_7(newWire_12, keyinput159, keyNTin_Wire_1[7]);
  xor  KeyGate13 (newWire_13, N156, keyinput45);
  xor  KeyGate14 (newWire_14, N165, keyinput46);
  xnor KeyGate15 (newWire_15, N255, keyinput47);
  xor  KeyGate16 (newWire_16, N259, keyinput48);
  xor  KeyGate17 (newWire_17, N1, keyinput49);
  xnor KeyGate18 (keyNTin_Wire_1[8], N86, keyinput50);
  xor keyNTinGate_1_8(newWire_18, keyinput160, keyNTin_Wire_1[8]);
  xnor KeyGate19 (keyNTin_Wire_1[9], N268, keyinput51);
  xnor keyNTinGate_1_9(KeyNOTWire_1[6], keyinput161, keyNTin_Wire_1[9]);
  not KeyNOTGate_1_6(newWire_19, KeyNOTWire_1[6]);
  xor  KeyGate20 (keyNTin_Wire_1[10], N152, keyinput52);
  xnor keyNTinGate_1_10(KeyNOTWire_1[7], keyinput162, keyNTin_Wire_1[10]);
  not KeyNOTGate_1_7(newWire_20, KeyNOTWire_1[7]);
  xnor KeyGate21 (newWire_21, N126, keyinput53);
  xor  KeyGate22 (newWire_22, N267, keyinput54);
  xnor KeyGate23 (keyNTin_Wire_1[11], N207, keyinput55);
  xor keyNTinGate_1_11(newWire_23, keyinput163, keyNTin_Wire_1[11]);
  xor  KeyGate24 (keyNTin_Wire_1[12], N42, keyinput56);
  xnor keyNTinGate_1_12(newWire_24, keyinput164, keyNTin_Wire_1[12]);
  xor  KeyGate25 (newWire_25, N260, keyinput57);
  xnor KeyGate26 (keyNTin_Wire_1[13], N130, keyinput58);
  xor keyNTinGate_1_13(newWire_26, keyinput165, keyNTin_Wire_1[13]);
  xnor KeyGate27 (keyNTin_Wire_1[14], N228, keyinput59);
  xor keyNTinGate_1_14(newWire_27, keyinput166, keyNTin_Wire_1[14]);
  xor  KeyGate28 (newWire_28, N17, keyinput60);
  xor  KeyGate29 (keyNTin_Wire_1[15], N87, keyinput61);
  xnor keyNTinGate_1_15(newWire_29, keyinput167, keyNTin_Wire_1[15]);
  xor  KeyGate30 (keyNTin_Wire_1[16], N75, keyinput62);
  xor keyNTinGate_1_16(KeyNOTWire_1[8], keyinput168, keyNTin_Wire_1[16]);
  not KeyNOTGate_1_8(newWire_30, KeyNOTWire_1[8]);
  xnor KeyGate31 (keyNTin_Wire_1[17], N8, keyinput63);
  xnor keyNTinGate_1_17(newWire_31, keyinput169, keyNTin_Wire_1[17]);
  xor  KeyGate32 (keyNTin_Wire_1[18], N74, keyinput64);
  xor keyNTinGate_1_18(newWire_32, keyinput170, keyNTin_Wire_1[18]);
  xor  KeyGate33 (keyNTin_Wire_1[19], N96, keyinput65);
  xnor keyNTinGate_1_19(KeyNOTWire_1[9], keyinput171, keyNTin_Wire_1[19]);
  not KeyNOTGate_1_9(newWire_33, KeyNOTWire_1[9]);
  xor  KeyGate34 (newWire_34, N36, keyinput66);
  xnor KeyGate35 (keyNTin_Wire_1[20], N195, keyinput67);
  xnor keyNTinGate_1_20(KeyNOTWire_1[10], keyinput172, keyNTin_Wire_1[20]);
  not KeyNOTGate_1_10(newWire_35, KeyNOTWire_1[10]);
  xnor KeyGate36 (keyNTin_Wire_1[21], N55, keyinput68);
  xnor keyNTinGate_1_21(newWire_36, keyinput173, keyNTin_Wire_1[21]);
  xor  KeyGate37 (newWire_37, N85, keyinput69);
  xor  KeyGate38 (newWire_38, N106, keyinput70);
  xnor KeyGate39 (newWire_39, N51, keyinput71);
  xor  KeyGate40 (keyNTin_Wire_1[22], N143, keyinput72);
  xor keyNTinGate_1_22(newWire_40, keyinput174, keyNTin_Wire_1[22]);
  xnor KeyGate41 (keyNTin_Wire_1[23], N183, keyinput73);
  xnor keyNTinGate_1_23(newWire_41, keyinput175, keyNTin_Wire_1[23]);
  xor  KeyGate42 (newWire_42, N159, keyinput74);
  xnor KeyGate43 (newWire_43, N26, keyinput75);
  xor  KeyGate44 (keyNTin_Wire_1[24], N90, keyinput76);
  xor keyNTinGate_1_24(KeyNOTWire_1[11], keyinput176, keyNTin_Wire_1[24]);
  not KeyNOTGate_1_11(newWire_44, KeyNOTWire_1[11]);
  xor  KeyGate45 (keyNTin_Wire_1[25], N13, keyinput77);
  xnor keyNTinGate_1_25(newWire_45, keyinput177, keyNTin_Wire_1[25]);
  xnor KeyGate46 (keyNTin_Wire_1[26], N91, keyinput78);
  xor keyNTinGate_1_26(KeyNOTWire_1[12], keyinput178, keyNTin_Wire_1[26]);
  not KeyNOTGate_1_12(newWire_46, KeyNOTWire_1[12]);
  xor  KeyGate47 (keyNTin_Wire_1[27], N237, keyinput79);
  xor keyNTinGate_1_27(KeyNOTWire_1[13], keyinput179, keyNTin_Wire_1[27]);
  not KeyNOTGate_1_13(newWire_47, KeyNOTWire_1[13]);
  xor  KeyGate48 (newWire_48, N68, keyinput80);
  xor  KeyGate49 (keyNTin_Wire_1[28], N89, keyinput81);
  xnor keyNTinGate_1_28(newWire_49, keyinput180, keyNTin_Wire_1[28]);
  xor  KeyGate50 (newWire_50, N189, keyinput82);
  xor  KeyGate51 (keyNTin_Wire_1[29], N72, keyinput83);
  xnor keyNTinGate_1_29(KeyNOTWire_1[14], keyinput181, keyNTin_Wire_1[29]);
  not KeyNOTGate_1_14(newWire_51, KeyNOTWire_1[14]);
  xnor KeyGate52 (keyNTin_Wire_1[30], N111, keyinput84);
  xor keyNTinGate_1_30(KeyNOTWire_1[15], keyinput182, keyNTin_Wire_1[30]);
  not KeyNOTGate_1_15(newWire_52, KeyNOTWire_1[15]);
  xnor KeyGate53 (keyNTin_Wire_1[31], N101, keyinput85);
  xor keyNTinGate_1_31(KeyNOTWire_1[16], keyinput183, keyNTin_Wire_1[31]);
  not KeyNOTGate_1_16(newWire_53, KeyNOTWire_1[16]);
  xnor KeyGate54 (keyNTin_Wire_1[32], N201, keyinput86);
  xnor keyNTinGate_1_32(KeyNOTWire_1[17], keyinput184, keyNTin_Wire_1[32]);
  not KeyNOTGate_1_17(newWire_54, KeyNOTWire_1[17]);
  xnor KeyGate55 (keyNTin_Wire_1[33], N135, keyinput87);
  xor keyNTinGate_1_33(newWire_55, keyinput185, keyNTin_Wire_1[33]);
  xor  KeyGate56 (keyNTin_Wire_1[34], N153, keyinput88);
  xor keyNTinGate_1_34(newWire_56, keyinput186, keyNTin_Wire_1[34]);
  xnor KeyGate57 (newWire_57, N121, keyinput89);
  xnor KeyGate58 (newWire_58, N261, keyinput90);
  xnor KeyGate59 (newWire_59, N149, keyinput91);
  xnor KeyGate60 (newWire_60, N171, keyinput92);
  xnor KeyGate61 (newWire_61, N138, keyinput93);
  xor  KeyGate62 (newWire_62, N177, keyinput94);
  xor  KeyGate63 (newWire_63, N219, keyinput95);
  xor  KeyGate64 (newWire_64, N59, keyinput96);
  xor  KeyGate65 (keyNTin_Wire_1[35], N80, keyinput97);
  xor keyNTinGate_1_35(KeyNOTWire_1[18], keyinput187, keyNTin_Wire_1[35]);
  not KeyNOTGate_1_18(newWire_65, KeyNOTWire_1[18]);
  xnor KeyGate66 (newWire_66, N73, keyinput98);
  xnor KeyGate67 (keyNTin_Wire_1[36], N88, keyinput99);
  xor keyNTinGate_1_36(newWire_67, keyinput188, keyNTin_Wire_1[36]);
  xor  KeyGate68 (newWire_68, N146, keyinput100);
  xnor KeyGate69 (newWire_69, N210, keyinput101);
  xnor KeyGate70 (newWire_70, N116, keyinput102);
  xnor KeyGate71 (newWire_71, N246, keyinput103);
  xor  KeyGate72 (keyNTin_Wire_1[37], N29, keyinput104);
  xnor keyNTinGate_1_37(KeyNOTWire_1[19], keyinput189, keyNTin_Wire_1[37]);
  not KeyNOTGate_1_19(newWire_72, KeyNOTWire_1[19]);
  xor  KeyGate73 (keyNTin_Wire_1[38], N156, keyinput105);
  xnor keyNTinGate_1_38(newWire_73, keyinput190, keyNTin_Wire_1[38]);
  xor  KeyGate74 (newWire_74, N165, keyinput106);
  xor  KeyGate75 (keyNTin_Wire_1[39], N255, keyinput107);
  xnor keyNTinGate_1_39(newWire_75, keyinput191, keyNTin_Wire_1[39]);
  xor  KeyGate76 (keyNTin_Wire_1[40], N259, keyinput108);
  xor keyNTinGate_1_40(newWire_76, keyinput192, keyNTin_Wire_1[40]);
  xor  KeyGate77 (newWire_77, N1, keyinput109);
  xor  KeyGate78 (keyNTin_Wire_1[41], N86, keyinput110);
  xor keyNTinGate_1_41(KeyNOTWire_1[20], keyinput193, keyNTin_Wire_1[41]);
  not KeyNOTGate_1_20(newWire_78, KeyNOTWire_1[20]);
  xor  KeyGate79 (newWire_79, N268, keyinput111);
  xor  KeyGate80 (newWire_80, N152, keyinput112);
  xnor KeyGate81 (newWire_81, N126, keyinput113);
  xor  KeyGate82 (newWire_82, N267, keyinput114);
  xnor KeyGate83 (newWire_83, N207, keyinput115);
  xor  KeyGate84 (keyNTin_Wire_1[42], N42, keyinput116);
  xor keyNTinGate_1_42(KeyNOTWire_1[21], keyinput194, keyNTin_Wire_1[42]);
  not KeyNOTGate_1_21(newWire_84, KeyNOTWire_1[21]);
  xor  KeyGate85 (newWire_85, N260, keyinput117);
  xor  KeyGate86 (keyNTin_Wire_1[43], N130, keyinput118);
  xor keyNTinGate_1_43(KeyNOTWire_1[22], keyinput195, keyNTin_Wire_1[43]);
  not KeyNOTGate_1_22(newWire_86, KeyNOTWire_1[22]);
  xor  KeyGate87 (keyNTin_Wire_1[44], N228, keyinput119);
  xor keyNTinGate_1_44(KeyNOTWire_1[23], keyinput196, keyNTin_Wire_1[44]);
  not KeyNOTGate_1_23(newWire_87, KeyNOTWire_1[23]);
  xor  KeyGate88 (keyNTin_Wire_1[45], N17, keyinput120);
  xnor keyNTinGate_1_45(KeyNOTWire_1[24], keyinput197, keyNTin_Wire_1[45]);
  not KeyNOTGate_1_24(newWire_88, KeyNOTWire_1[24]);
  xor  KeyGate89 (newWire_89, N87, keyinput121);
  xor  KeyGate90 (newWire_90, N75, keyinput122);
  xor  KeyGate91 (newWire_91, N8, keyinput123);
  xor  KeyGate92 (keyNTin_Wire_1[46], N74, keyinput124);
  xor keyNTinGate_1_46(KeyNOTWire_1[25], keyinput198, keyNTin_Wire_1[46]);
  not KeyNOTGate_1_25(newWire_92, KeyNOTWire_1[25]);
  xnor KeyGate93 (keyNTin_Wire_1[47], N96, keyinput125);
  xor keyNTinGate_1_47(KeyNOTWire_1[26], keyinput199, keyNTin_Wire_1[47]);
  not KeyNOTGate_1_26(newWire_93, KeyNOTWire_1[26]);
  xnor KeyGate94 (keyNTin_Wire_1[48], N36, keyinput126);
  xnor keyNTinGate_1_48(KeyNOTWire_1[27], keyinput200, keyNTin_Wire_1[48]);
  not KeyNOTGate_1_27(newWire_94, KeyNOTWire_1[27]);
  xor  KeyGate95 (keyNTin_Wire_1[49], N195, keyinput127);
  xor keyNTinGate_1_49(KeyNOTWire_1[28], keyinput201, keyNTin_Wire_1[49]);
  not KeyNOTGate_1_28(newWire_95, KeyNOTWire_1[28]);
  xor  KeyGate96 (newWire_96, N55, keyinput128);
  xnor KeyGate97 (newWire_97, N85, keyinput129);
  xnor KeyGate98 (newWire_98, N106, keyinput130);
  xor  KeyGate99 (keyNTin_Wire_1[50], N51, keyinput131);
  xnor keyNTinGate_1_50(newWire_99, keyinput202, keyNTin_Wire_1[50]);
  xor  KeyGate100 (newWire_100, N143, keyinput132);
  xnor KeyGate101 (keyNTin_Wire_1[51], N183, keyinput133);
  xor keyNTinGate_1_51(newWire_101, keyinput203, keyNTin_Wire_1[51]);
  xnor KeyGate102 (newWire_102, N159, keyinput134);
  xnor KeyGate103 (keyNTin_Wire_1[52], N26, keyinput135);
  xor keyNTinGate_1_52(newWire_103, keyinput204, keyNTin_Wire_1[52]);
  xor  KeyGate104 (newWire_104, N90, keyinput136);
  xnor KeyGate105 (newWire_105, N13, keyinput137);
  xor  KeyGate106 (newWire_106, N91, keyinput138);
  xor  KeyGate107 (keyNTin_Wire_1[53], N237, keyinput139);
  xor keyNTinGate_1_53(newWire_107, keyinput205, keyNTin_Wire_1[53]);
  xnor KeyGate108 (keyNTin_Wire_1[54], N68, keyinput140);
  xor keyNTinGate_1_54(newWire_108, keyinput206, keyNTin_Wire_1[54]);
  xnor KeyGate109 (newWire_109, N89, keyinput141);
  xnor KeyGate110 (keyNTin_Wire_1[55], N189, keyinput142);
  xor keyNTinGate_1_55(KeyNOTWire_1[29], keyinput207, keyNTin_Wire_1[55]);
  not KeyNOTGate_1_29(newWire_110, KeyNOTWire_1[29]);
  xor  KeyGate111 (keyNTin_Wire_1[56], N72, keyinput143);
  xor keyNTinGate_1_56(newWire_111, keyinput208, keyNTin_Wire_1[56]);
  xnor KeyGate112 (newWire_112, N111, keyinput144);
  xnor KeyGate113 (keyNTin_Wire_1[57], N101, keyinput145);
  xor keyNTinGate_1_57(KeyNOTWire_1[30], keyinput209, keyNTin_Wire_1[57]);
  not KeyNOTGate_1_30(newWire_113, KeyNOTWire_1[30]);
  xnor KeyGate114 (newWire_114, N201, keyinput146);
  xnor KeyGate115 (newWire_115, N135, keyinput147);
  xnor KeyGate116 (newWire_116, N153, keyinput148);
  xnor KeyGate117 (newWire_117, N121, keyinput149);
  xnor KeyGate118 (keyNTin_Wire_1[58], N261, keyinput150);
  xor keyNTinGate_1_58(KeyNOTWire_1[31], keyinput210, keyNTin_Wire_1[58]);
  not KeyNOTGate_1_31(newWire_118, KeyNOTWire_1[31]);
  xnor KeyGate119 (newWire_119, N149, keyinput151);
  and some_function (newWire_120, newWire_0, newWire_1, newWire_2, newWire_3, newWire_4, newWire_5, newWire_6, newWire_7, newWire_8, newWire_9, newWire_10, newWire_11, newWire_12, newWire_13, newWire_14, newWire_15, newWire_16, newWire_17, newWire_18, newWire_19, newWire_20, newWire_21, newWire_22, newWire_23, newWire_24, newWire_25, newWire_26, newWire_27, newWire_28, newWire_29, newWire_30, newWire_31, newWire_32, newWire_33, newWire_34, newWire_35, newWire_36, newWire_37, newWire_38, newWire_39, newWire_40, newWire_41, newWire_42, newWire_43, newWire_44, newWire_45, newWire_46, newWire_47, newWire_48, newWire_49, newWire_50, newWire_51, newWire_52, newWire_53, newWire_54, newWire_55, newWire_56, newWire_57, newWire_58, newWire_59 );
  nand compl_function (newWire_121, newWire_60, newWire_61, newWire_62, newWire_63, newWire_64, newWire_65, newWire_66, newWire_67, newWire_68, newWire_69, newWire_70, newWire_71, newWire_72, newWire_73, newWire_74, newWire_75, newWire_76, newWire_77, newWire_78, newWire_79, newWire_80, newWire_81, newWire_82, newWire_83, newWire_84, newWire_85, newWire_86, newWire_87, newWire_88, newWire_89, newWire_90, newWire_91, newWire_92, newWire_93, newWire_94, newWire_95, newWire_96, newWire_97, newWire_98, newWire_99, newWire_100, newWire_101, newWire_102, newWire_103, newWire_104, newWire_105, newWire_106, newWire_107, newWire_108, newWire_109, newWire_110, newWire_111, newWire_112, newWire_113, newWire_114, newWire_115, newWire_116, newWire_117, newWire_118, newWire_119);
  and finalAND (keyNTin_Wire_1[59], newWire_120, newWire_121);
  xnor keyNTinGate_1_59(KeyNOTWire_1[32], keyinput211, keyNTin_Wire_1[59]);
  not KeyNOTGate_1_32(KeyWire_0_2, KeyNOTWire_1[32]);

endmodule /* AntiSAT */